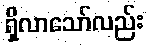
ရှိလာသော်လည်း